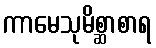
ကာမေသုမိစ္ဆာစာရ